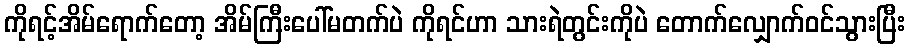
ကိုရင့်အိမ်ရောက်တော့ အိမ်ကြီးပေါ်မတက်ပဲ ကိုရင်ဟာ သားရဲတွင်းကိုပဲ တောက်လျှောက်ဝင်သွားပြီး